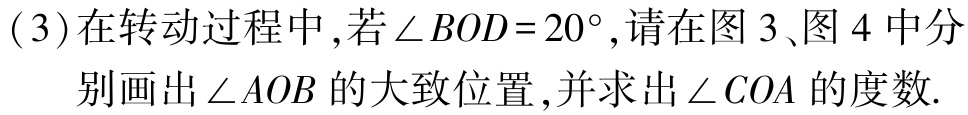
(3)在转动过程中,若$\angle BOD = 20^{\circ}$,请在图 3、图 4 中分别画出$\angle AOB$的大致位置,并求出$\angle COA$的度数.